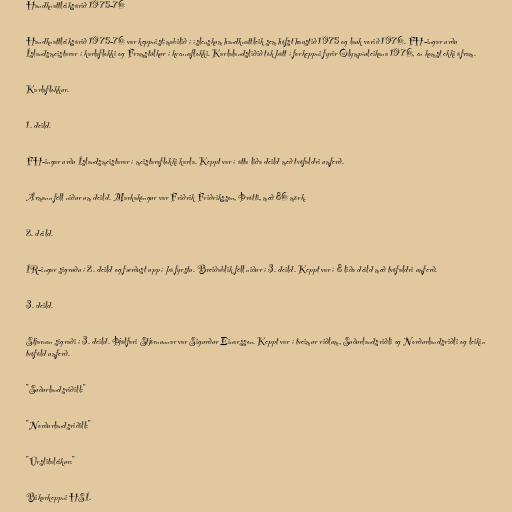
Handknattleiksárið 1975-76

Handknattleiksárið 1975-76 var keppnistímabilið í íslenskum handknattleik sem hófst haustið 1975 og lauk vorið 1976. FH-ingar urðu
Íslandsmeistarar í karlaflokki og Framstúlkur í kvennaflokki. Karlalandsliðið tók þátt í forkeppni fyrir Ólympíuleikana 1976, en komst ekki áfram.

Karlaflokkur.

1. deild.

FH-ingar urðu Íslandsmeistarar í meistaraflokki karla. Keppt var í átta liða deild með tvöfaldri umferð.

Ármann féll niður um deild. Markakóngur var Friðrik Friðriksson, Þrótti, með 86 mörk.

2. deild.

ÍR-ingar sigruðu í 2. deild og færðust upp í þá fyrstu. Breiðablik féll niður í 3. deild. Keppt var í 8 liða deild með tvöfaldri umferð.

3. deild.

Stjarnan sigraði í 3. deild. Þjálfari Stjörnunnar var Sigurður Einarsson. Keppt var í tveimur riðlum, Suðurlandsriðli og Norðurlandsriðli og leikin
tvöföld umferð.

"Suðurlandsriðill:"

"Norðurlandsriðill:"

"Úrslitaleikur:"

Bikarkeppni HSÍ.